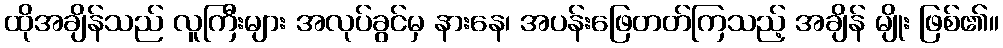
ထိုအချိန်သည် လူကြီးများ အလုပ်ခွင်မှ နားနေ၊ အပန်းဖြေတတ်ကြသည့် အချိန် မျိုး ဖြစ်၏။